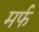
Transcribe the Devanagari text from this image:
मर्फ